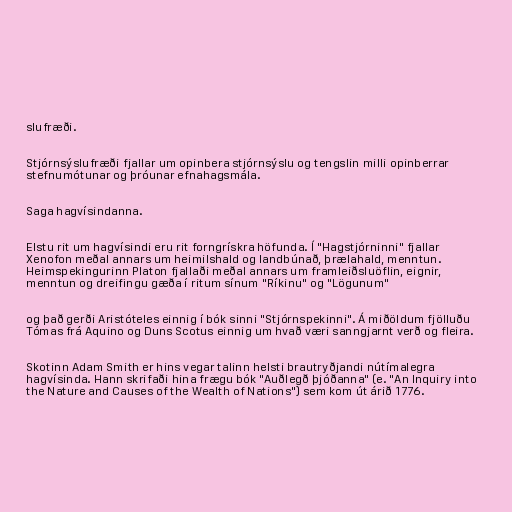
slufræði.

Stjórnsýslufræði fjallar um opinbera stjórnsýslu og tengslin milli opinberrar
stefnumótunar og þróunar efnahagsmála.

Saga hagvísindanna.

Elstu rit um hagvísindi eru rit forngrískra höfunda. Í "Hagstjórninni" fjallar
Xenofon meðal annars um heimilshald og landbúnað, þrælahald, menntun.
Heimspekingurinn Platon fjallaði meðal annars um framleiðsluöflin, eignir,
menntun og dreifingu gæða í ritum sínum "Ríkinu" og "Lögunum"

og það gerði Aristóteles einnig í bók sinni "Stjórnspekinni". Á miðöldum fjölluðu
Tómas frá Aquino og Duns Scotus einnig um hvað væri sanngjarnt verð og fleira.

Skotinn Adam Smith er hins vegar talinn helsti brautryðjandi nútímalegra
hagvísinda. Hann skrifaði hina frægu bók "Auðlegð þjóðanna" (e. "An Inquiry into
the Nature and Causes of the Wealth of Nations") sem kom út árið 1776.